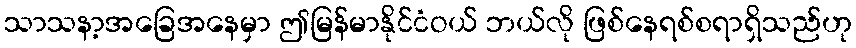
သာသနာ့အခြေအနေမှာ ဤမြန်မာနိုင်ငံဝယ် ဘယ်လို ဖြစ်နေရစ်စရာရှိသည်ဟု